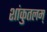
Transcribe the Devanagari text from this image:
शांकुतलम्